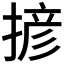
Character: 𢱘